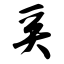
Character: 奚